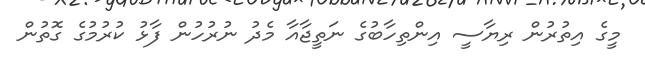
މީގެ އިތުރުން ރިޔާސީ އިންތިހާބުގެ ނަތީޖާއާ މެދު ނުރުހުން ފާޅު ކުރުމުގެ ގޮތުން